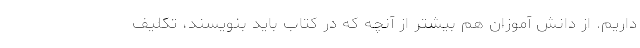
داریم. از دانش آموزان هم بیشتر از آنچه که در کتاب باید بنویسند، تکلیف